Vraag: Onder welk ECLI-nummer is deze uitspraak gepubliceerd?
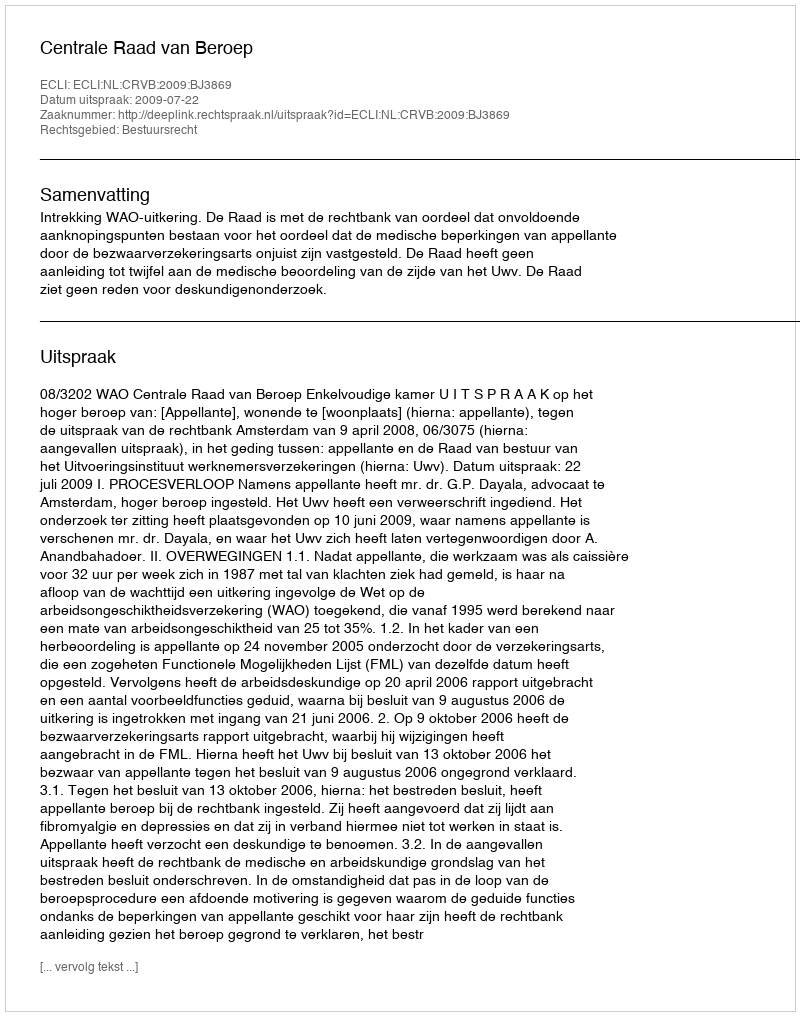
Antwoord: ECLI:NL:CRVB:2009:BJ3869